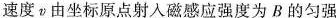
速度v由坐标原点射入磁感应强度为B的匀强